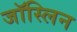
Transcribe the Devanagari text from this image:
जॉस्लिन